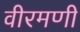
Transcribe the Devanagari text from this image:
वीरमणी